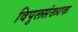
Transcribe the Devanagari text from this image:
विपुलसंख्यक